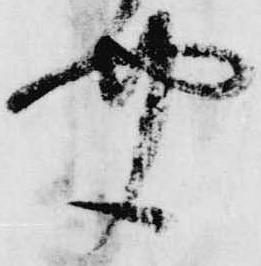
聞